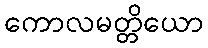
ကောလမတ္တိယော